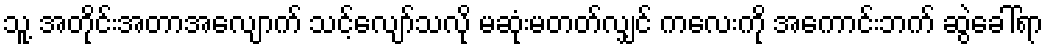
သူ့ အတိုင်းအတာအလျောက် သင့်လျော်သလို မဆုံးမတတ်လျှင် ကလေးကို အကောင်းဘက် ဆွဲခေါ်ရာ